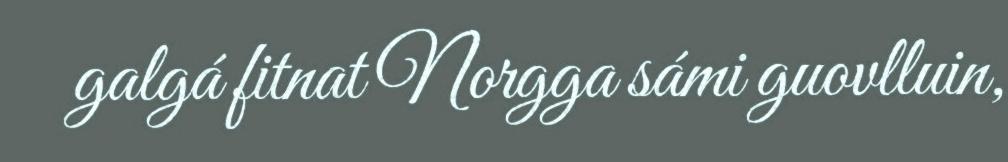
galgá fitnat Norgga sámi guovlluin,